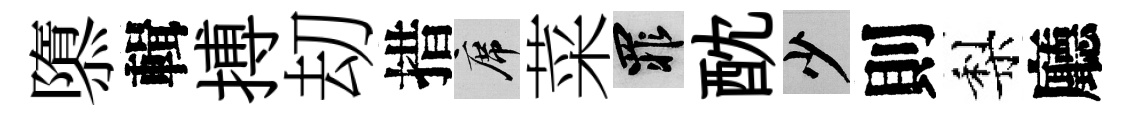
隳輯搏刧措席菜罪酖少則梨廳